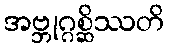
အဗ္ဘုဂ္ဂစ္ဆိဿတိ